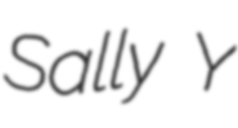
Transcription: Sally Y